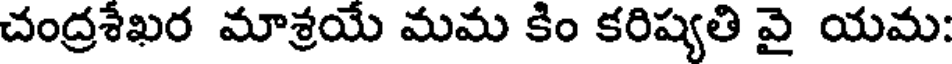
చంద్రశేఖర మాశ్రయే మమ కిం కరిష్యతి వై యమ: